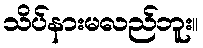
သိပ်နားမလည်ဘူး။